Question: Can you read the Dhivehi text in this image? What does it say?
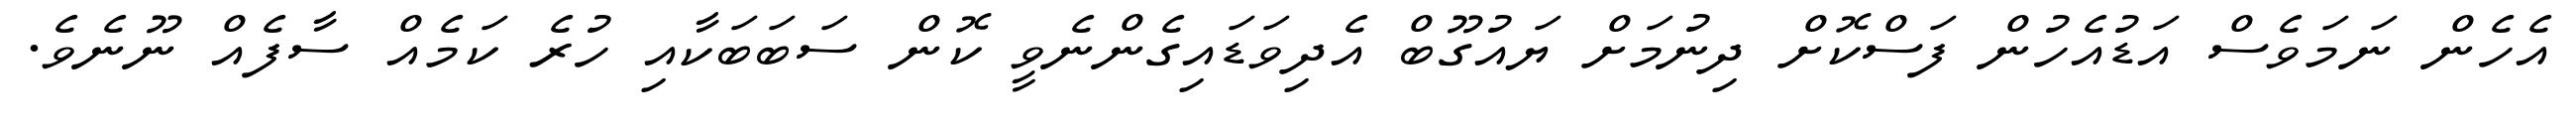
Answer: އެހެން ނަމަވެސް އަޑުއެހުން ފަސްކޮށް ދިނުމަށް ޔައުގޫބް އެދިވަޑައިގެންނެވީ ކޮން ސަބަބަކާއި ހުރެ ކަމެއް ސާފެއް ނޫނެވެ.